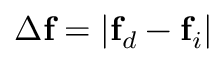
\Delta \mathbf { f } = | \mathbf { f } _ { d } - \mathbf { f } _ { i } |